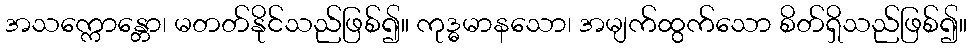
အသက္ကောန္တော၊ မတတ်နိုင်သည်ဖြစ်၍။ ကုဒ္ဓမာနသော၊ အမျက်ထွက်သော စိတ်ရှိသည်ဖြစ်၍။